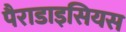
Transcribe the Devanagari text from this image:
पैराडाइसियस